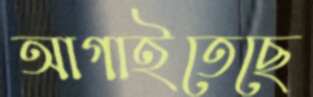
আগাইতেছে